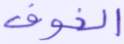
الخوف